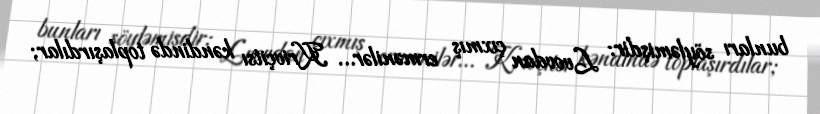
bunları söyləmişdir: Lvovdan çıxmış ermənilər… Krivçitsı kəndində toplaşırdılar;